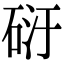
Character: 𥒀